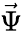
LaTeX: \vec{\Psi}